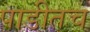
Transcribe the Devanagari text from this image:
पाडीतच